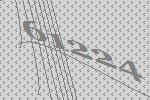
61224